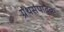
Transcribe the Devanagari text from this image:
ग्रंथसंपादक